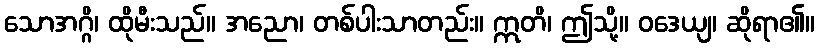
သောအဂ္ဂိ၊ ထိုမီးသည်။ အညော၊ တစ်ပါးသာတည်း။ ဣတိ၊ ဤသို့။ ဝဒေယျ၊ ဆိုရာ၏။